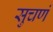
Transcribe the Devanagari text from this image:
सुचणं